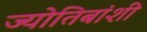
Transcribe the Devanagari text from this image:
ज्योतिबांशी